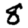
Digit: 8